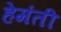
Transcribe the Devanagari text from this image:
हेमंती